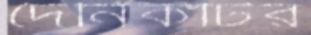
দৈনিকটির